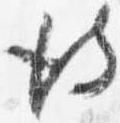
彼